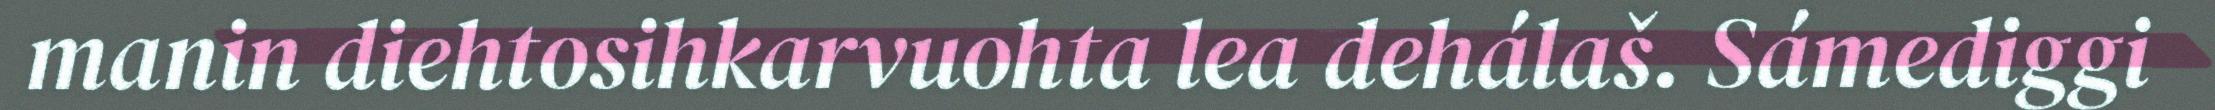
manin diehtosihkarvuohta lea dehálaš. Sámediggi